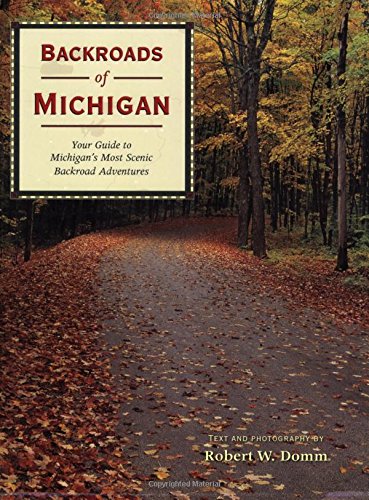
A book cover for Backroads of Michigan: Your Guide to Michigan's Most Scenic Backroad Adventures; Robert W. Domm; Travel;